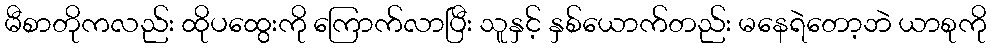
မီစာတိုကလည်း ထိုပထွေးကို ကြောက်လာပြီး သူနှင့် နှစ်ယောက်တည်း မနေရဲတော့ဘဲ ယာစုကို